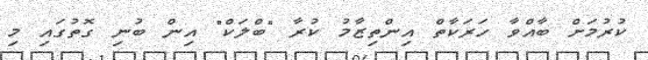
ކުރުމަށް ބާއްވާ ހަރަކާތް އިންތިޒާމު ކުރާ "ބްލަކް" އިން ބުނި ގޮތުގައި މި